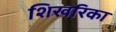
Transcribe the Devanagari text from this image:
शिखरिका